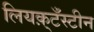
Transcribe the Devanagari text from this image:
लियक़्टँस्टीन